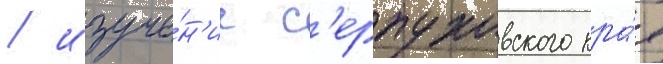
/ изуче́н'ие с'ерпуховского кра́я